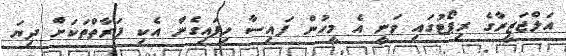
އަލްޖަޒީރާގެ ރިޕޯޓުގައި ވަނީ އެ މީހުން ފައިސާ ހިފައިގެން އެކި ފަރާތްތަކަށް ދިޔަ